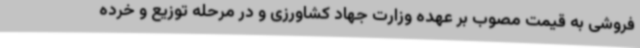
فروشی به قیمت مصوب بر عهده وزارت جهاد کشاورزی و در مرحله توزیع و خرده